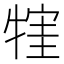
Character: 𤚣